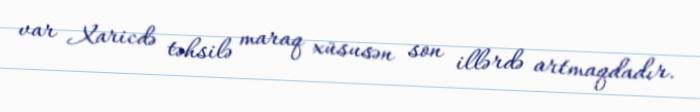
var Xaricdə təhsilə maraq xüsusən son illərdə artmaqdadır.